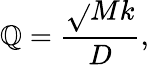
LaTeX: \mathbb{Q}={\frac{{\sqrt{}{{Mk}}}}{{D}}},